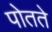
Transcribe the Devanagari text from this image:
पोतते